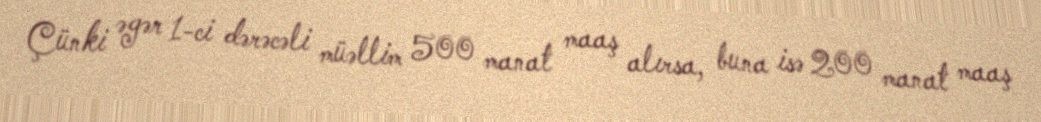
Çünki əgər 1-ci dərəcəli müəllim 500 manat maaş alırsa, buna isə 200 manat maaş